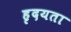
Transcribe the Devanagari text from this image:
हृदयता